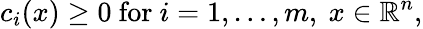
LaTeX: c_{i}(x)\geq 0~{\mathrm{for}}~i=1,\ldots,m,~x\in\mathbb{R}^{n},